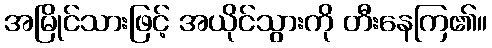
အမြိုင်သားဖြင့် အယိုင်သွားကို တီးနေကြ၏။